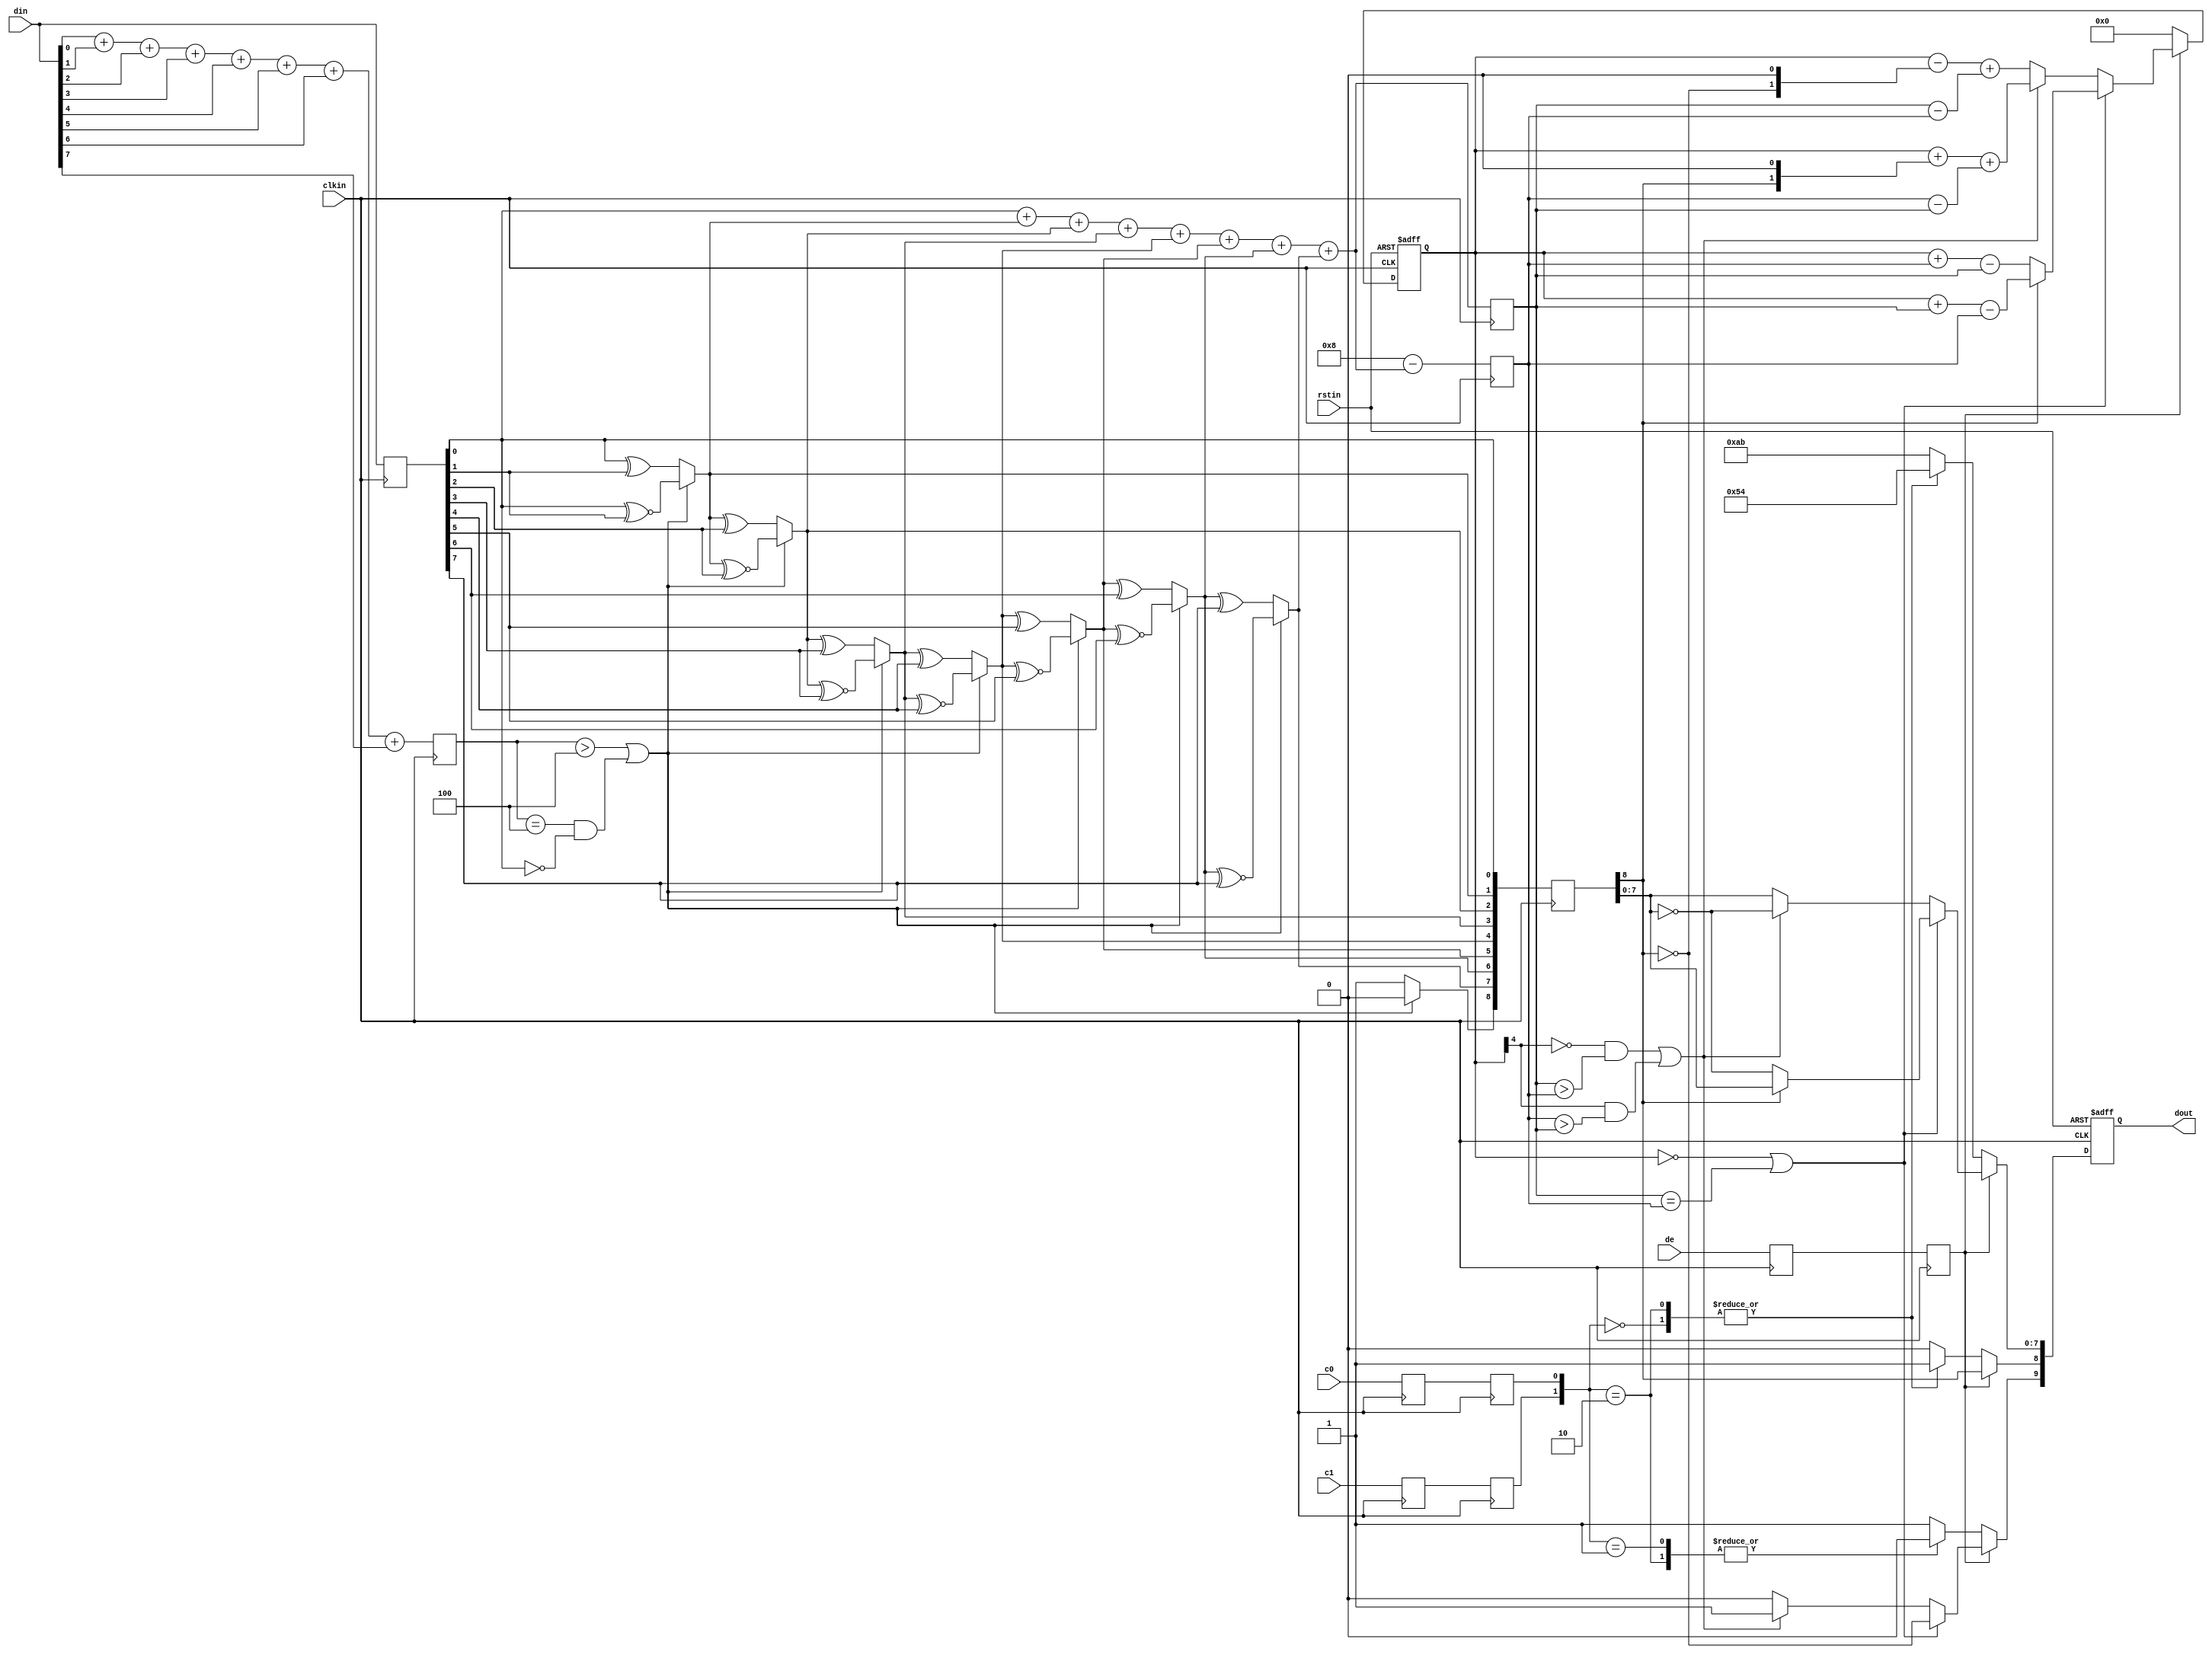
//////////////////////////////////////////////////////////////////////////////
//
//  Xilinx, Inc. 2008                 www.xilinx.com
//
//////////////////////////////////////////////////////////////////////////////
//
//
//  Description :     TMDS encoder  
//
//  Date - revision : Jan. 2008 - v 1.0
//
//
//  Copyright 2006 Xilinx, Inc.
//  All rights reserved
//
//////////////////////////////////////////////////////////////////////////////  
`timescale 1 ps / 1ps

module dvi_encoder (
  input            clkin,    // pixel clock input
  input            rstin,    // async. reset input (active high)
  input      [7:0] din,      // data inputs: expect registered
  input            c0,       // c0 input
  input            c1,       // c1 input
  input            de,       // de input
  output reg [9:0] dout      // data outputs
);

  ////////////////////////////////////////////////////////////
  // Counting number of 1s and 0s for each incoming pixel
  // component. Pipe line the result.
  // Register Data Input so it matches the pipe lined adder
  // output
  ////////////////////////////////////////////////////////////
  reg [3:0] n1d; //number of 1s in din
  reg [7:0] din_q;

//1
  always @ (posedge clkin) begin
    n1d <=#1 din[0] + din[1] + din[2] + din[3] + din[4] + din[5] + din[6] + din[7];

    din_q <=#1 din;
  end

  ///////////////////////////////////////////////////////
  // Stage 1: 8 bit -> 9 bit
  // Refer to DVI 1.0 Specification, page 29, Figure 3-5
  ///////////////////////////////////////////////////////
  wire decision1;

  assign decision1 = (n1d > 4'h4) | ((n1d == 4'h4) & (din_q[0] == 1'b0));

  wire [8:0] q_m;
  assign q_m[0] = din_q[0];
  assign q_m[1] = (decision1) ? (q_m[0] ^~ din_q[1]) : (q_m[0] ^ din_q[1]);
  assign q_m[2] = (decision1) ? (q_m[1] ^~ din_q[2]) : (q_m[1] ^ din_q[2]);
  assign q_m[3] = (decision1) ? (q_m[2] ^~ din_q[3]) : (q_m[2] ^ din_q[3]);
  assign q_m[4] = (decision1) ? (q_m[3] ^~ din_q[4]) : (q_m[3] ^ din_q[4]);
  assign q_m[5] = (decision1) ? (q_m[4] ^~ din_q[5]) : (q_m[4] ^ din_q[5]);
  assign q_m[6] = (decision1) ? (q_m[5] ^~ din_q[6]) : (q_m[5] ^ din_q[6]);
  assign q_m[7] = (decision1) ? (q_m[6] ^~ din_q[7]) : (q_m[6] ^ din_q[7]);
  assign q_m[8] = (decision1) ? 1'b0 : 1'b1;

  /////////////////////////////////////////////////////////
  // Stage 2: 9 bit -> 10 bit
  // Refer to DVI 1.0 Specification, page 29, Figure 3-5
  /////////////////////////////////////////////////////////
  reg [3:0] n1q_m, n0q_m; // number of 1s and 0s for q_m
  always @ (posedge clkin) begin
    n1q_m  <=#1 q_m[0] + q_m[1] + q_m[2] + q_m[3] + q_m[4] + q_m[5] + q_m[6] + q_m[7];
    n0q_m  <=#1 4'h8 - (q_m[0] + q_m[1] + q_m[2] + q_m[3] + q_m[4] + q_m[5] + q_m[6] + q_m[7]);
  end

  parameter CTRLTOKEN0 = 10'b1101010100;
  parameter CTRLTOKEN1 = 10'b0010101011;
  parameter CTRLTOKEN2 = 10'b0101010100;
  parameter CTRLTOKEN3 = 10'b1010101011;

  reg [4:0] cnt; //disparity counter, MSB is the sign bit
  wire decision2, decision3;

  assign decision2 = (cnt == 5'h0) | (n1q_m == n0q_m);
  /////////////////////////////////////////////////////////////////////////
  // [(cnt > 0) and (N1q_m > N0q_m)] or [(cnt < 0) and (N0q_m > N1q_m)]
  /////////////////////////////////////////////////////////////////////////
  assign decision3 = (~cnt[4] & (n1q_m > n0q_m)) | (cnt[4] & (n0q_m > n1q_m));

  ////////////////////////////////////
  // pipe line alignment
  ////////////////////////////////////
  reg       de_q, de_reg;
  reg       c0_q, c1_q;
  reg       c0_reg, c1_reg;
  reg [8:0] q_m_reg;

  always @ (posedge clkin) begin
    de_q    <=#1 de;
    de_reg  <=#1 de_q;
    
    c0_q    <=#1 c0;
    c0_reg  <=#1 c0_q;
    c1_q    <=#1 c1;
    c1_reg  <=#1 c1_q;

    q_m_reg <=#1 q_m;
  end

  ///////////////////////////////
  // 10-bit out
  // disparity counter
  ///////////////////////////////
  always @ (posedge clkin or posedge rstin) begin
    if(rstin) begin
      dout <= 10'h0;
      cnt <= 5'h0;
    end else begin
      if (de_reg) begin
        if(decision2) begin
          dout[9]   <=#1 ~q_m_reg[8]; 
          dout[8]   <=#1 q_m_reg[8]; 
          dout[7:0] <=#1 (q_m_reg[8]) ? q_m_reg[7:0] : ~q_m_reg[7:0];

          cnt <=#1 (~q_m_reg[8]) ? (cnt + n0q_m - n1q_m) : (cnt + n1q_m - n0q_m);
        end else begin
          if(decision3) begin
            dout[9]   <=#1 1'b1;
            dout[8]   <=#1 q_m_reg[8];
            dout[7:0] <=#1 ~q_m_reg[7:0];

            cnt <=#1 cnt + {q_m_reg[8], 1'b0} + (n0q_m - n1q_m);
          end else begin
            dout[9]   <=#1 1'b0;
            dout[8]   <=#1 q_m_reg[8];
            dout[7:0] <=#1 q_m_reg[7:0];

            cnt <=#1 cnt - {~q_m_reg[8], 1'b0} + (n1q_m - n0q_m);
          end
        end
      end else begin
        case ({c1_reg, c0_reg})
          2'b00:   dout <=#1 CTRLTOKEN0;
          2'b01:   dout <=#1 CTRLTOKEN1;
          2'b10:   dout <=#1 CTRLTOKEN2;
          default: dout <=#1 CTRLTOKEN3;
        endcase

        cnt <=#1 5'h0;
      end
    end
  end
  
endmodule